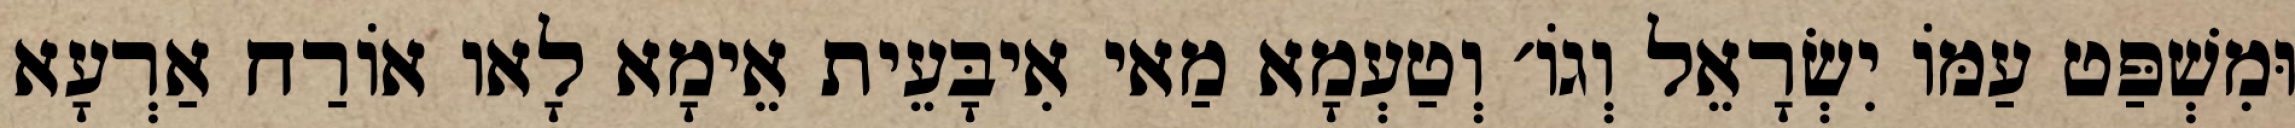
וּמִשְׁפַּט עַמּוֹ יִשְׂרָאֵל וְגוֹ׳ וְטַעְמָא מַאי אִיבָּעֵית אֵימָא לָאו אוֹרַח אַרְעָא